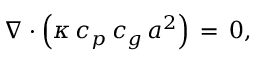
\nabla \cdot \left( { \boldsymbol { \kappa } } \, c _ { p } \, c _ { g } \, a ^ { 2 } \right) \, = \, 0 ,